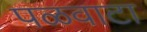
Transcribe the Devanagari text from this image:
पळवाटा